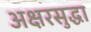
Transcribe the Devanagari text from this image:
अक्षरसुद्धा